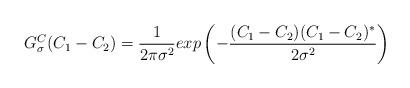
LaTeX: \begin{align*}G^{C}_{\sigma} (C_1 - C_2 )= \frac{1}{2\pi\sigma^2}exp \left ( -\frac{(C_{1} - C_{2}) (C_{1} - C_{2})^{*}}{2\sigma^2} \right )\end{align*}